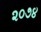
૨૦૭૪